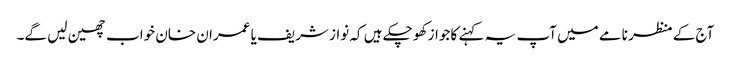
آج کے منظر نامے میں آپ یہ کہنے کا جواز کھو چکے ہیں کہ نواز شریف یا عمران خان خواب چھین لیں گے۔